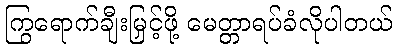
ကြွရောက်ချီးမြှင့်ဖို့ မေတ္တာရပ်ခံလိုပါတယ်